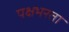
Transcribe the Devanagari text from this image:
पक्षभरता